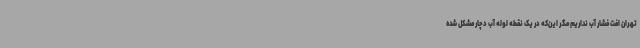
تهران افت فشار آب نداریم مگر این‌که در یک نقطه لوله آب دچار مشکل شده